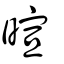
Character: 暄